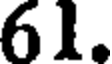
61.